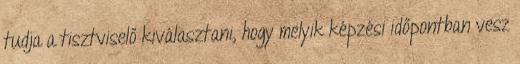
tudja a tisztviselő kiválasztani, hogy melyik képzési időpontban vesz